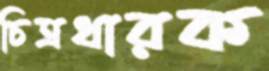
চিত্রধারক